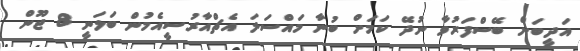
އަދީބަށް ބޭސްފަރުވާ ނުދޭ ކަމަށް ބުނާ މައްސަލަ އެޗްއާރުސީއެމުން ބަލަނީ 8 ޖޫން